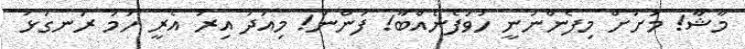
މާޝާ! މަށަށް މިފެންނަނީ ހުވަފެނެއްބާ! ފަންނަ! މިއަދު އިރު އެރީ ހަމަ ރަނގަޅު